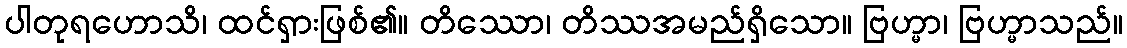
ပါတုရဟောသိ၊ ထင်ရှားဖြစ်၏။ တိဿော၊ တိဿအမည်ရှိသော။ ဗြဟ္မာ၊ ဗြဟ္မာသည်။